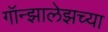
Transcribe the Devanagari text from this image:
गॉन्झालेझच्या